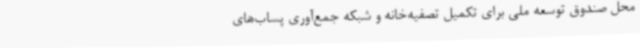
محل صندوق توسعه ملی برای تکمیل تصفیه‌خانه و شبکه جمع‌آوری پساب‌های